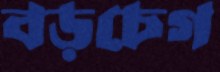
বড়চেগ